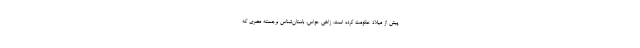
پیش از میلاد حکومت کرده است. زاهی حواس، باستان‌شناس برجسته مصری که